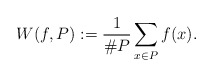
\begin{align*} W(f, P) := \frac{1}{\# P} \sum_{x \in P} f(x).\end{align*}